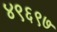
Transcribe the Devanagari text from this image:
४९६९७